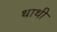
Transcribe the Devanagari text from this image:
थाथी